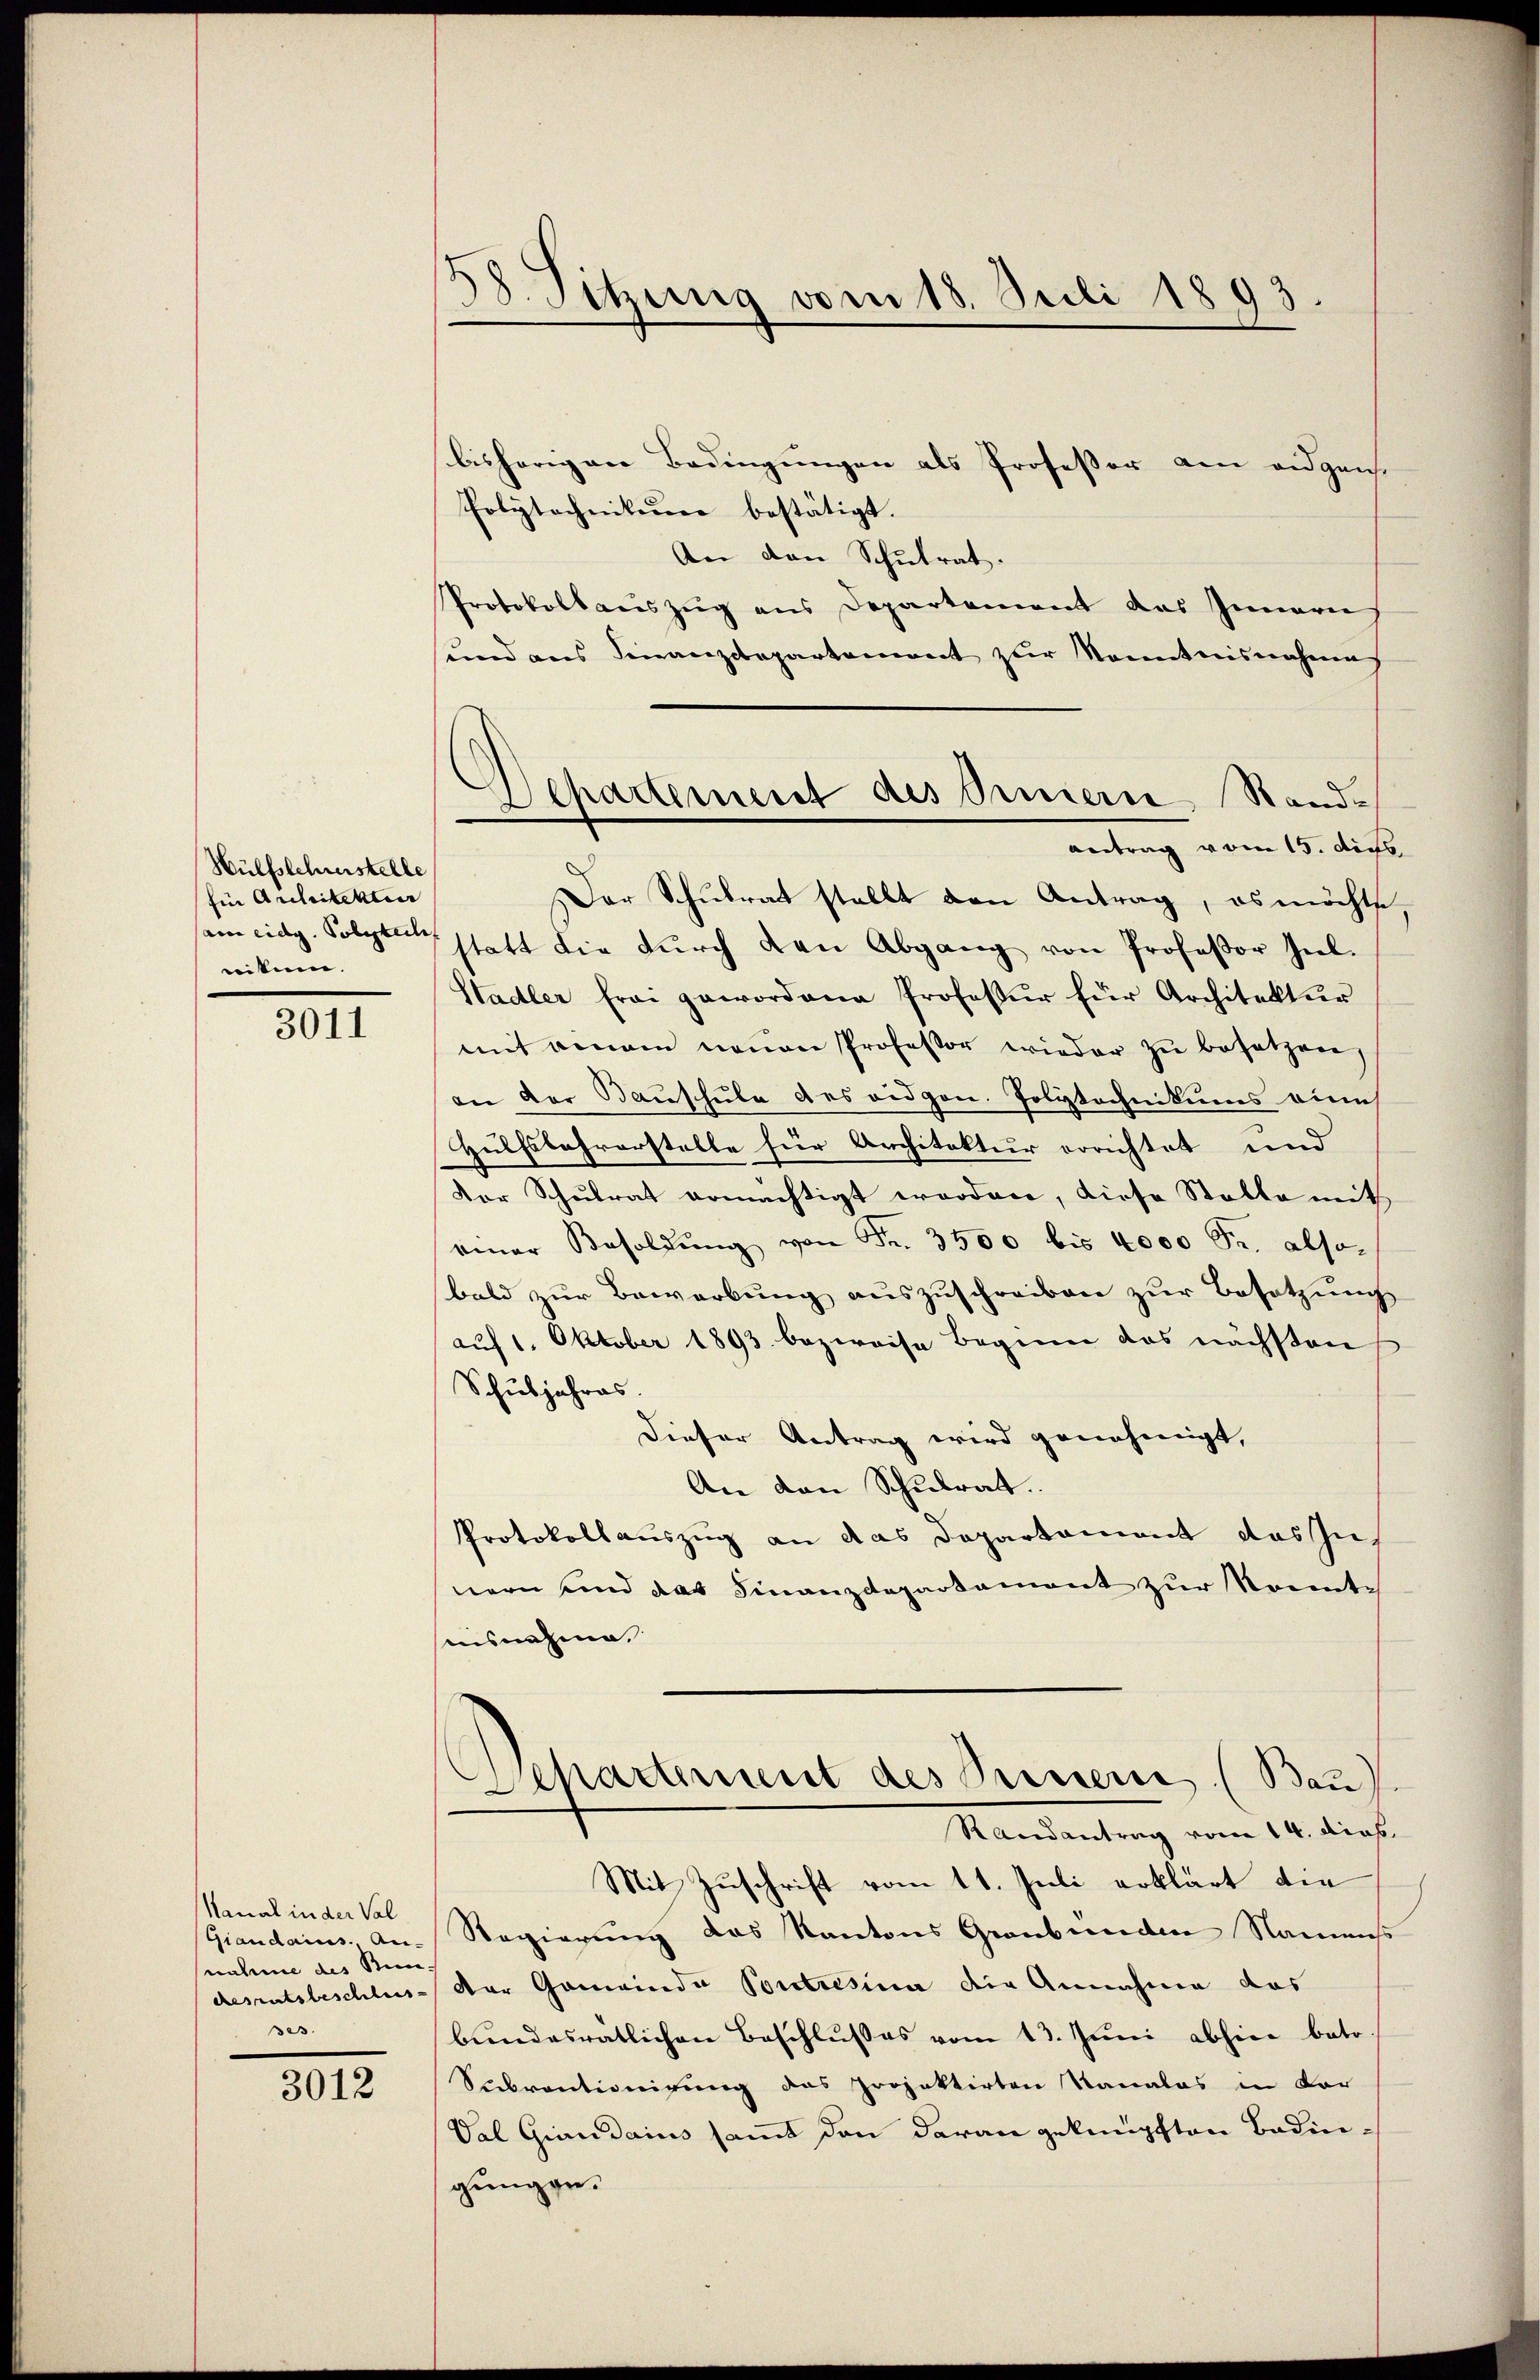
Hülfslehrerstelle
fin Architekten
aine eidg. Polytech
nitum.

3011

Kanal in der Val
Giandains., Au-
nahme des Bun-
desratsbeschluss- |
ses.

3012

38. Sitzung vom 18. Juli 1893

Departement des Innern, Rand-
antrag vom 15. dies

bisherigen Bedingungen als Professor am eidgen.
Polytechniker bestätigt.
An den Schulrat.
PProtokollauszug aus Departement das Innern
sund aus Finanzdepartement zur Kenntnisnahme
Der Schulrat stellt den Antrag, es möchte
statt die durch den Abgang von Professor Ziel.
Stadler frei gewordene Professur für Architektur
mit einem neuen Professor wieder zu besetzen,
an der Bauschule des eidgen. Polytechnikums eines
Hülfslehrerstelle für Architektur errichtet und
Der Schulrat ermächtigt worden, diese Stalle mith
einer Besoldŭng von Fr. 3500 bis 4000 Fr. also
bald zur Bewerbung auszuschreiben zur Besetzung
auf 1. Oktober 1893. bezweife Beginn das nächstenf
Schuljahres.
Dieser Antrag wird genehmigt,
An den Schulrat.
Protokollauszug an das Departament das zunern und das Finanzdepartament zur konnte
uisnahme.
Departement des Seinen (Bau
e
Randantrag vom 14. dies
Mit Zuschrift vom 11. Juli erklärt die
Regierung das Kantons Graubünden Naments
Der Gemeinde Pontresina die Annahme das
bŭndesratlichen Beschlußes vom 13. Juni abhine beto
Subventionigung das projektirten Kanalas in Vor-
Val Giaudains samt den daran geknüpften Badingungen.